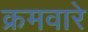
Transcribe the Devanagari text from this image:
क्रमवारे